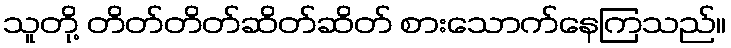
သူတို့ တိတ်တိတ်ဆိတ်ဆိတ် စားသောက်နေကြသည်။